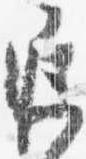
遅